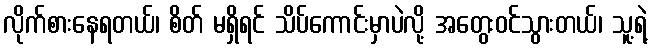
လိုက်စားနေရတယ်၊ စိတ် မရှိရင် သိပ်ကောင်းမှာပဲလို့ အတွေးဝင်သွားတယ်၊ သူ့ရဲ့